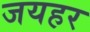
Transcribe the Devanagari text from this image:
जयहर